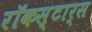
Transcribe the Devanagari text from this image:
रॉकस्टार्स